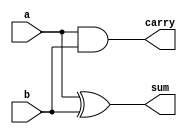
/********************************************************************************************
Copyright 2019 - Maven Silicon Softech Pvt Ltd. 
 
All Rights Reserved.

This source code is an unpublished work belongs to Maven Silicon Softech Pvt Ltd.

It is not to be shared with or used by any third parties who have not enrolled for our paid training 

courses or received any written authorization from Maven Silicon.


Webpage     :      www.maven-silicon.com

Filename    :	   half_adder.v   

Description :      Half adder Design

Author Name :      Susmita

Version     :      1.0
*********************************************************************************************/
  
module half_adder(input a,b,
	          output sum,carry);
				 
   //Understand the Data-flow abstraction
   assign sum   = a ^ b;
   assign carry = a & b;

endmodule